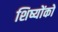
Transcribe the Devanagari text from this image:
शिष्योंको